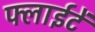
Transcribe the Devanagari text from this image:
फ्लाईटें